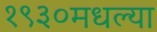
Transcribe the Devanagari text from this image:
१९३०मधल्या